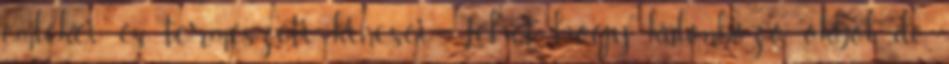
emlékei és természeti kincsei Lehet, hogy különböző okból, de